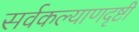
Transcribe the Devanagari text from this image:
सर्वकल्याणदृष्टी